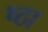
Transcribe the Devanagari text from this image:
ष्ठा